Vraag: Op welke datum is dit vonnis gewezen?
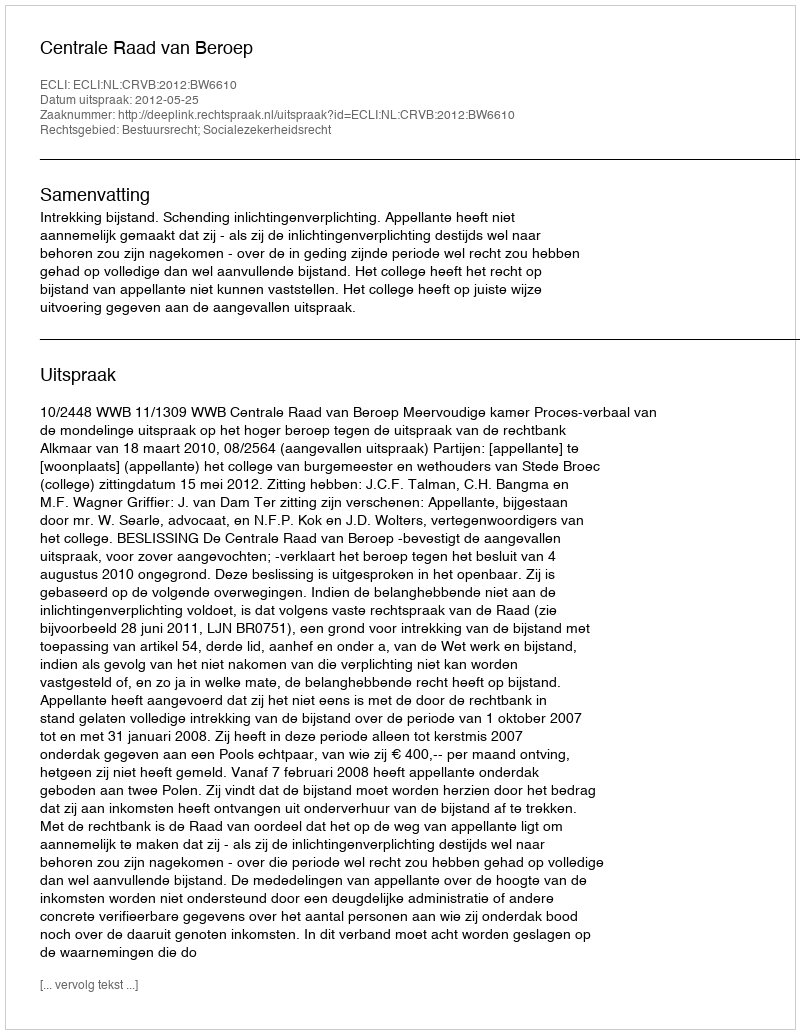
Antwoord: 2012-05-25